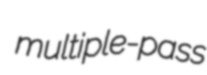
multiple-pass